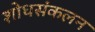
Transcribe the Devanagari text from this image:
शोधसंकलन